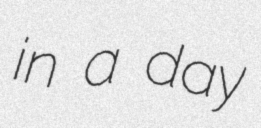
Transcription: in a day